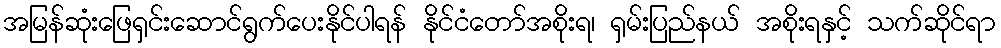
အမြန်ဆုံးဖြေရှင်းဆောင်ရွက်ပေးနိုင်ပါရန် နိုင်ငံတော်အစိုးရ၊ ရှမ်းပြည်နယ် အစိုးရနှင့် သက်ဆိုင်ရာ